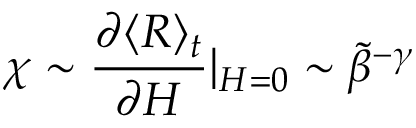
\chi \sim \frac { \partial \langle R \rangle _ { t } } { \partial H } | _ { H = 0 } \sim \tilde { \beta } ^ { - \gamma }